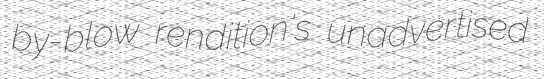
by-blow rendition's unadvertised